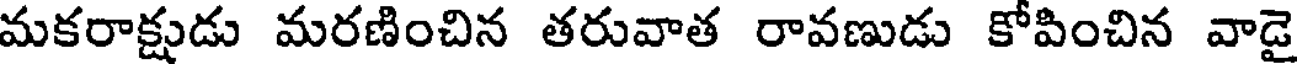
మకరాక్షుడు మరణించిన తరువాత రావణుడు కోపించిన వాడై